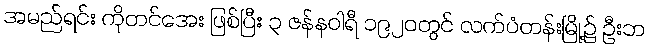
အမည်ရင်း ကိုတင်အေး ဖြစ်ပြီး ၃ ဇန်နဝါရီ ၁၉၂၀တွင် လက်ပံတန်းမြို့၌ ဦးဘ